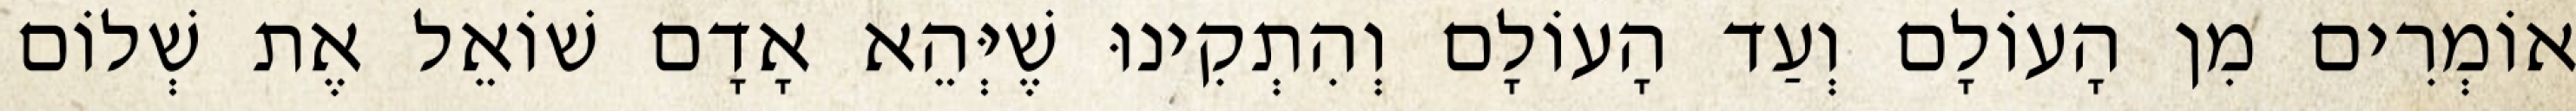
אוֹמְרִים מִן הָעוֹלָם וְעַד הָעוֹלָם וְהִתְקִינוּ שֶׁיְּהֵא אָדָם שׁוֹאֵל אֶת שְׁלוֹם